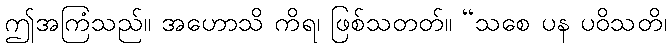
ဤအကြံသည်။ အဟောသိ ကိရ၊ ဖြစ်သတတ်။ “သစေ ပန ပဝိသတိ၊